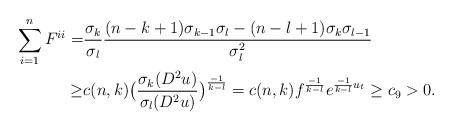
LaTeX: \begin{align*} \sum\limits_{i = 1}^n {F^{ii} } =&\frac{\sigma _k}{\sigma _l} \frac{{(n - k + 1)\sigma _{k - 1}\sigma _l - (n - l + 1)\sigma _k \sigma _{l - 1} }} {{\sigma _l ^2 }} \\\ge& c(n,k)\big(\frac{\sigma _k(D^2u)}{\sigma _l(D^2u)} \big)^{ \frac{-1}{k-l}} = c( {n,k} )f^{ \frac{-1}{k-l}} e^{ \frac{-1}{k-l} u_t} \ge c_9 >0.\end{align*}